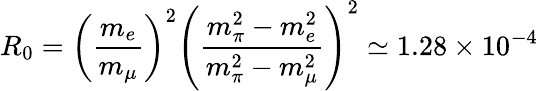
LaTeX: R_{0}=\left({\frac{m_{e}}{m_{\mu}}}\right)^{2}\left({\frac{m_{\pi}^{2}-m_{e}^{2}}{m_{\pi}^{2}-m_{\mu}^{2}}}\right)^{2}\simeq 1.28\times 10^{-4}